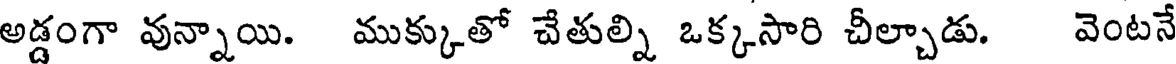
అడ్డంగా వున్నాయి. ముక్కుతో చేతుల్ని ఒక్కసారి చీల్చాడు. వెంటనే